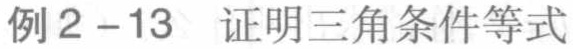
例2 - 13 证明三角条件等式